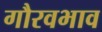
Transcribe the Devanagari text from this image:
गौरवभाव